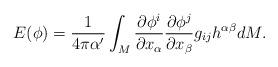
LaTeX: \begin{align*}E(\phi)=\frac{1}{4\pi\alpha'}\int_M\frac{\partial\phi^i}{\partial x_\alpha}\frac{\partial\phi^j}{\partial x_\beta}g_{ij}h^{\alpha\beta}dM.\end{align*}